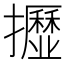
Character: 𢹠